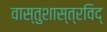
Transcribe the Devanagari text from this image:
वास्तुशास्त्रविद्